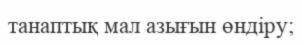
танаптық мал азығын өндіру;